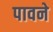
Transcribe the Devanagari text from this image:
पावने